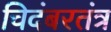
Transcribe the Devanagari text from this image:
चिदंबरतंत्र